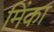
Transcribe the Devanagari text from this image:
मिंका